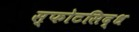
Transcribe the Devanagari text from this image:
स्फोटसिद्ध